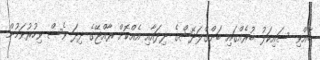
ބޭއްވި ސައިކަލު ބުރެއްގައި ބަންގްލަދޭޝްގެ ދިދައާއި އެއްކޮށް ރާއްޖޭގެ ދިދަ ވެސް ވިހުރުވަމުން